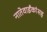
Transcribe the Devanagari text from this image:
नातेवाईंकांंसह